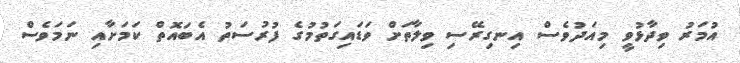
އުމަރު ވިދާޅުވީ މިއަދުވެސް އިނގިރޭސި ވިލާތަށް ވަޑައިގަތުމުގެ ފުރުސަތު އެބައޮތް ކަމަށާއި ނަމަވެސް